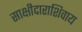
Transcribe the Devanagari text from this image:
साक्षीदाराशिवाय